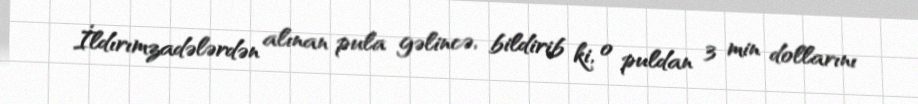
İldırımzadələrdən alınan pula gəlincə, bildirib ki, o puldan 3 min dollarını